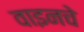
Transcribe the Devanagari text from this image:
वाइनचे